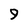
Character: 9